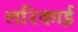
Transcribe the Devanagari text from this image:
लरिकाई